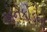
એનકોડનો